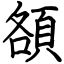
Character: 頟